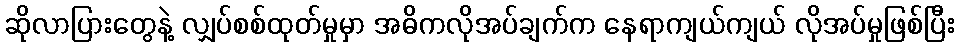
ဆိုလာပြားတွေနဲ့ လျှပ်စစ်ထုတ်မှုမှာ အဓိကလိုအပ်ချက်က နေရာကျယ်ကျယ် လိုအပ်မှုဖြစ်ပြီး